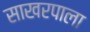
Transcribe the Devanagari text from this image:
साखरपाला